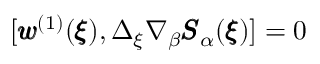
[ { \pmb w } ^ { ( 1 ) } ( { \pmb \xi } ) , \Delta _ { \xi } \nabla _ { \beta } { \pmb S } _ { \alpha } ( { \pmb \xi } ) ] = 0